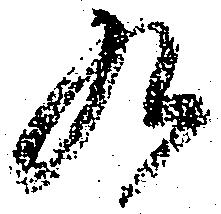
九